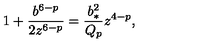
1 + { \frac { b ^ { 6 - p } } { 2 z ^ { 6 - p } } } = { \frac { b _ { * } ^ { 2 } } { Q _ { p } } } z ^ { 4 - p } ,